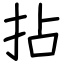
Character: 拈